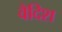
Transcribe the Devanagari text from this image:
वैदिश